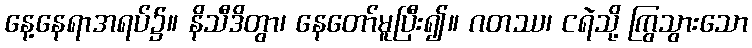
နေ့နေရာအရပ်၌။ နိသီဒိတွာ၊ နေတော်မူပြီး၍။ ဂတဿ၊ ငရဲသို့ ကြွသွားသော